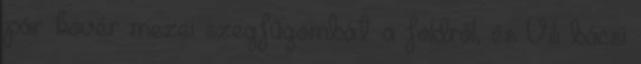
pár kövér mezei szegfűgombát a földről, és Vili bácsi